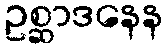
ဥစ္ဆာဒနေန